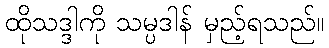
ထိုသဒ္ဒါကို သမ္ပဒါန် မှည့်ရသည်။